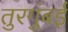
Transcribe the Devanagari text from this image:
तुरगुंबई